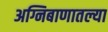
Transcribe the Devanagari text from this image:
अग्निबाणातल्या